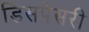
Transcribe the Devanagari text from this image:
डिसपेंसरी